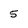
Character: 5